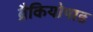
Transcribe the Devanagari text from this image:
ब्रैकियोपाड